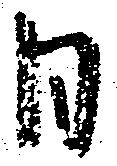
日